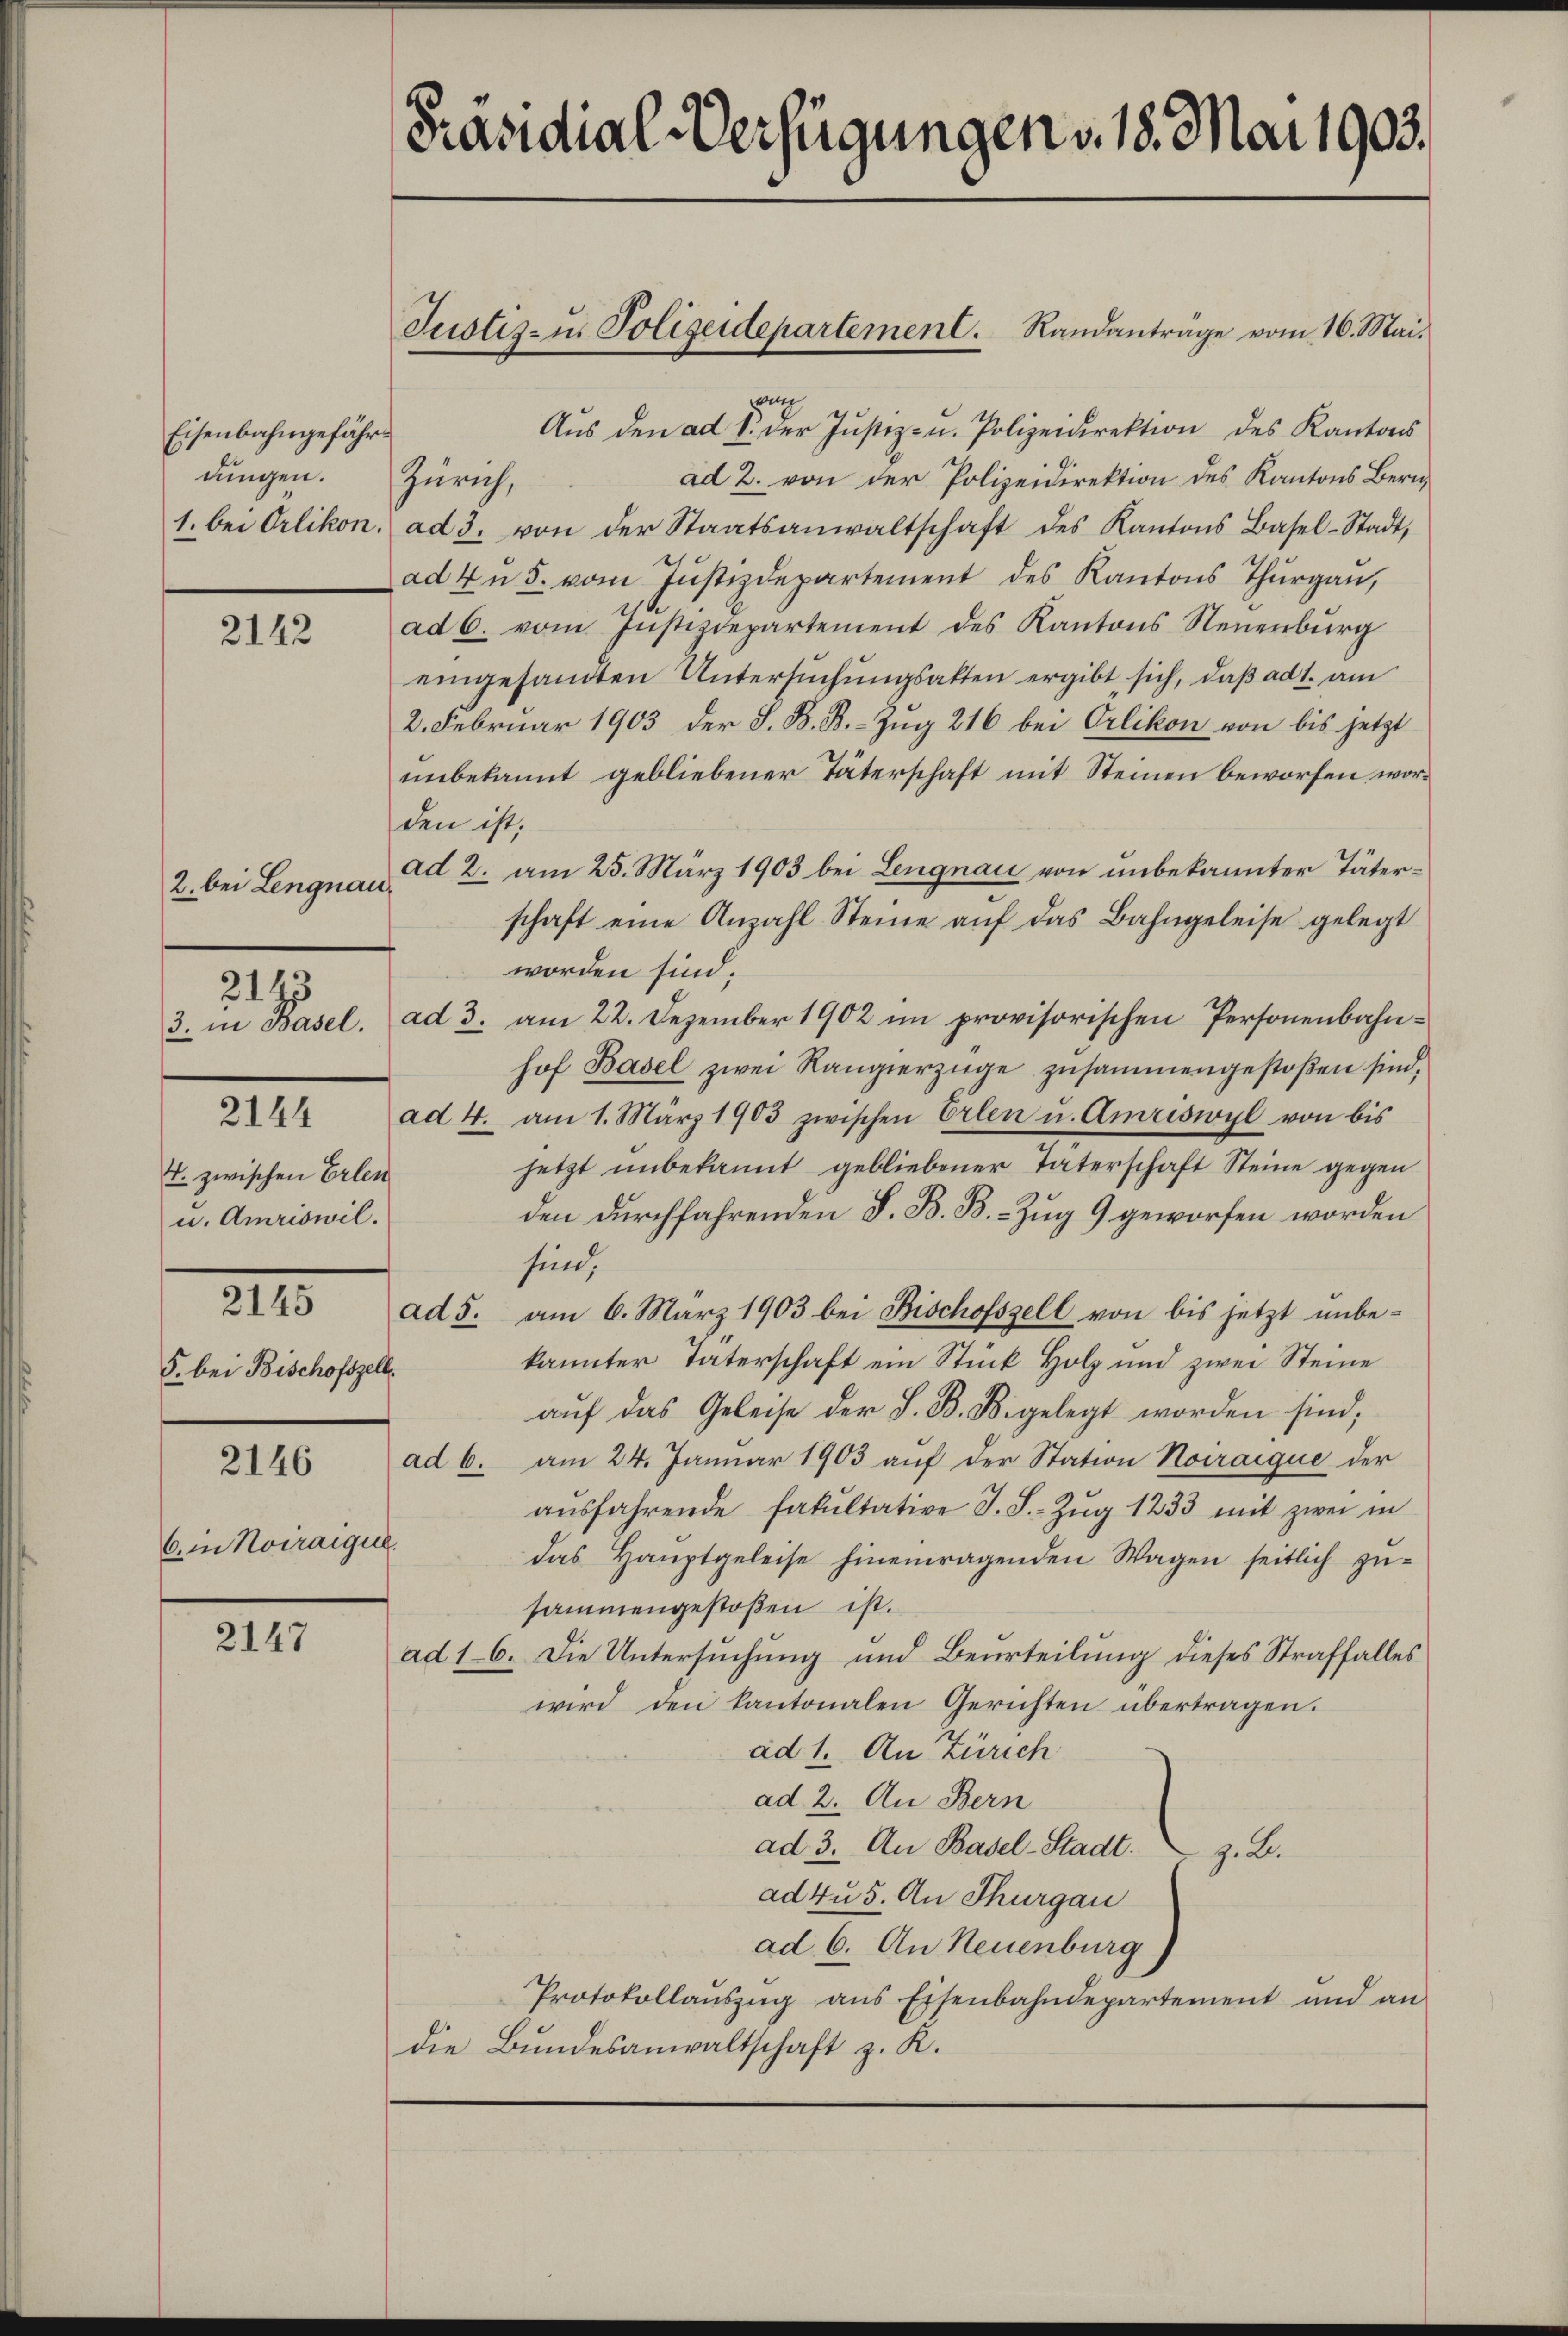
Eisenbahngefährdungen.

2142

2. bei Lengnau

4. zwischen Erlen
u. Amriswil.
§. bei Bischofszell.

2143

2146

Cin Novraique.

2147

Präsidial-Verfügungen v. 18. Mai 1903.

1822
Aŭs den ad 1. der Justiz- u. Polizeidirektion des Kantons
ad 2. von der Polizeidirektion des Kantons Bern,
Zürich,
1. bei Orlikon. ad 3. von der Staatsanwaltschaft des Kantons Basel-Stadt,
ad zŭ 5. vom Jŭstizdepartement des Kantons Thŭrgaŭ,
ad 6. vom Justizdepartement des Kantons Neuenbŭrg
eingesandten Untersŭchŭngsakten ergibt sich, daß ad 1. am
2. Februar 1903 der S. B. B. - Zug 216 bei Orlikon von bis jetzt
unbekannt gebliebener Täterschaft mit Steinen beworfen worden ist.
ad 2. am 25. März 1903 bei Lengnau von unbekannter Täterschaft eine Anzahl Steine aŭf das Bahngeleise gelegt
worden sind,
3. in Basel. ad 3. am 22. Dezember 1902 im provisorischen Personenbahnhof Basel zwei Rangierzüge zusammengestoßen sind,
244 ad 4. am 1. März 1903 zwischen Erlen u. Amriswyl von bis
jetzt unbekannt gebliebener Vaterschaft Steine gegen
den durchfahrenden S. B. B. - Zug 9 geworfen worden
sind,
43 ad 5. am 6. März 1903 bei Bischofszell von bis jetzt unbe-
kannter Taterschaft ein Stück Holz und zwei Steine
aŭf das Geleise der S. B. Bigelegt worden sind;
ad 6. am 24. Januar 1903 auf der Station Noiraique der
aŭsfahrende Fakultative J. S. Zŭg 1233 mit zwei in
das Hauptgeleise hineinragenden Wagen seitlich zŭ-
sammengestoßen ist.
ad 16. Die Untersuchung und Beurteilung dieses Straffalles
wird den kantonalen Gerichten übertragen.
ad 1. An Zürich
ad 2. An Bern
ad 3. An Basel-Stadt z. B.
ad zu 5. An Thurgau
ad 6. An Neuenburg)
Protokollaŭszŭg ans Eisenbahndepartement und an
die Bundesanwaltschaft z. K.

Justiz- u. Polizeidepartement. Randanträge vom 16. Mai.